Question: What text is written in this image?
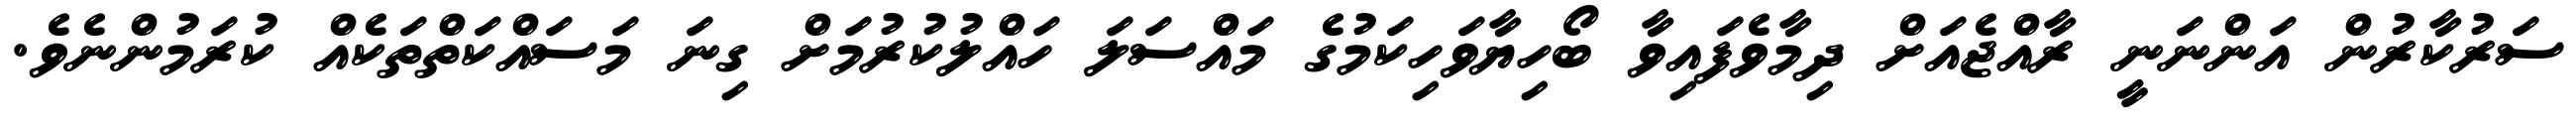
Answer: ސަރުކާރުން އަންނަނީ ރާއްޖެއަށް ދިމާވެފައިވާ ބޯހިޔާވަހިކަމުގެ މައްސަލަ ހައްލުކުރުމަށް ގިނަ މަސައްކަތްތަކެއް ކުރަމުންނެވެ.